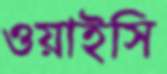
ওয়াইসি